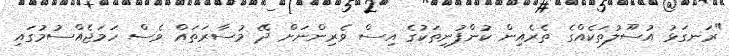
"ރަނގަޅު އުސޫލުތަކެއްގެ ތެރެއިން ކުންފުނިތަކުގެ އިސް ވެރިންނަށް ދޭ މުސާރަތައް ވެސް ހަމަޖެއްސުމުގައި